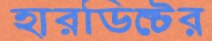
হারডিক্টের